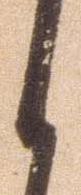
之